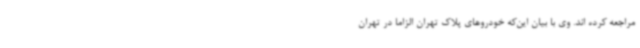
مراجعه کرده اند. وی با بیان این‌که خودروهای پلاک تهران الزاما در تهران